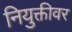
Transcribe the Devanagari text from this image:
नियुक्तीवर